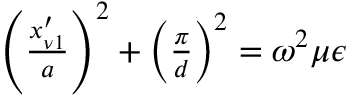
\begin{array} { r } { \left( \frac { x _ { \nu 1 } ^ { \prime } } { a } \right) ^ { 2 } + \left( \frac { \pi } { d } \right) ^ { 2 } = \omega ^ { 2 } \mu \epsilon } \end{array}